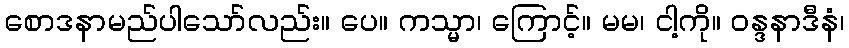
စောဒနာမည်ပါသော်လည်း။ ပေ။ ကသ္မာ၊ ကြောင့်။ မမ၊ ငါ့ကို။ ဝန္ဒနာဒီနံ၊